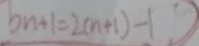
b n + 1 = 2 ( n + 1 ) - 1